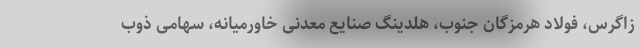
زاگرس، فولاد هرمزگان جنوب، هلدینگ صنایع معدنی خاورمیانه، سهامی ذوب